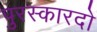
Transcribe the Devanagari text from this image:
पुरस्कारदो